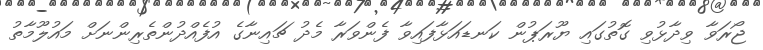
ޖޯރަވާ ވިދާޅުވި ގޮތުގައި ޔޫރަޕުން ކަނޑައަޅާފައިވާ ފެންވަރާ މެދު ޗައިނާގެ އުފެއްދުންތެރިންނަށް މައުލޫމާތު